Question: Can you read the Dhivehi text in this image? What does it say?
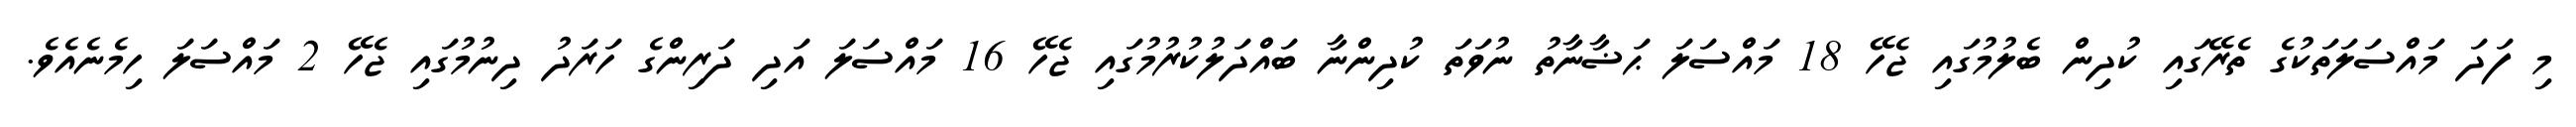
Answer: މި ފަދަ މައްސަލަތަކުގެ ތެރޭގައި ކުދިން ބެލުމުގައި ޖެހޭ 18 މައްސަލަ ޙަޟާނާތު ނުވަތަ ކުދިންނާ ބައްދަލުކުރުމުގައި ޖެހޭ 16 މައްސަލަ އަދި ދަރިންގެ ހަރަދު ދިނުމުގައި ޖެހޭ 2 މައްސަލަ ހިމެނެއެވެ.